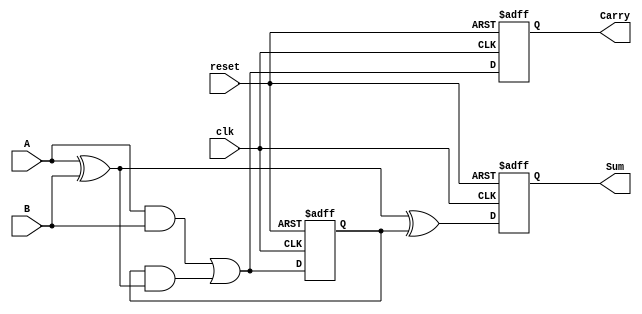
module SequentialHalfAdder (
    input wire clk,        // Clock input
    input wire reset,      // Asynchronous reset input
    input wire A,          // First single-bit input
    input wire B,          // Second single-bit input
    output reg Sum,        // Sum output
    output reg Carry       // Carry output
);

    // State register to hold the previous carry value
    reg prev_carry;

    // Always block triggered on the rising edge of the clock or reset
    always @(posedge clk or posedge reset) begin
        if (reset) begin
            // Reset the state
            Sum <= 1'b0;
            Carry <= 1'b0;
            prev_carry <= 1'b0;
        end else begin
            // Calculate the Sum and Carry based on current inputs and previous carry
            Sum <= A ^ B ^ prev_carry; // Sum = A XOR B XOR previous carry
            Carry <= (A & B) | (prev_carry & (A ^ B)); // Carry = (A AND B) OR (previous carry AND (A XOR B))
            prev_carry <= (A & B) | (prev_carry & (A ^ B)); // Update previous carry
        end
    end

endmodule